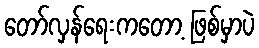
တော်လှန်ရေးကတော့ ဖြစ်မှာပဲ